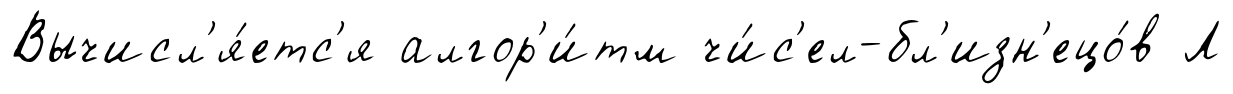
Вычисл'я́етс'я алгор'и́тм чи́с'ел-бл'изн'ецо́в Л